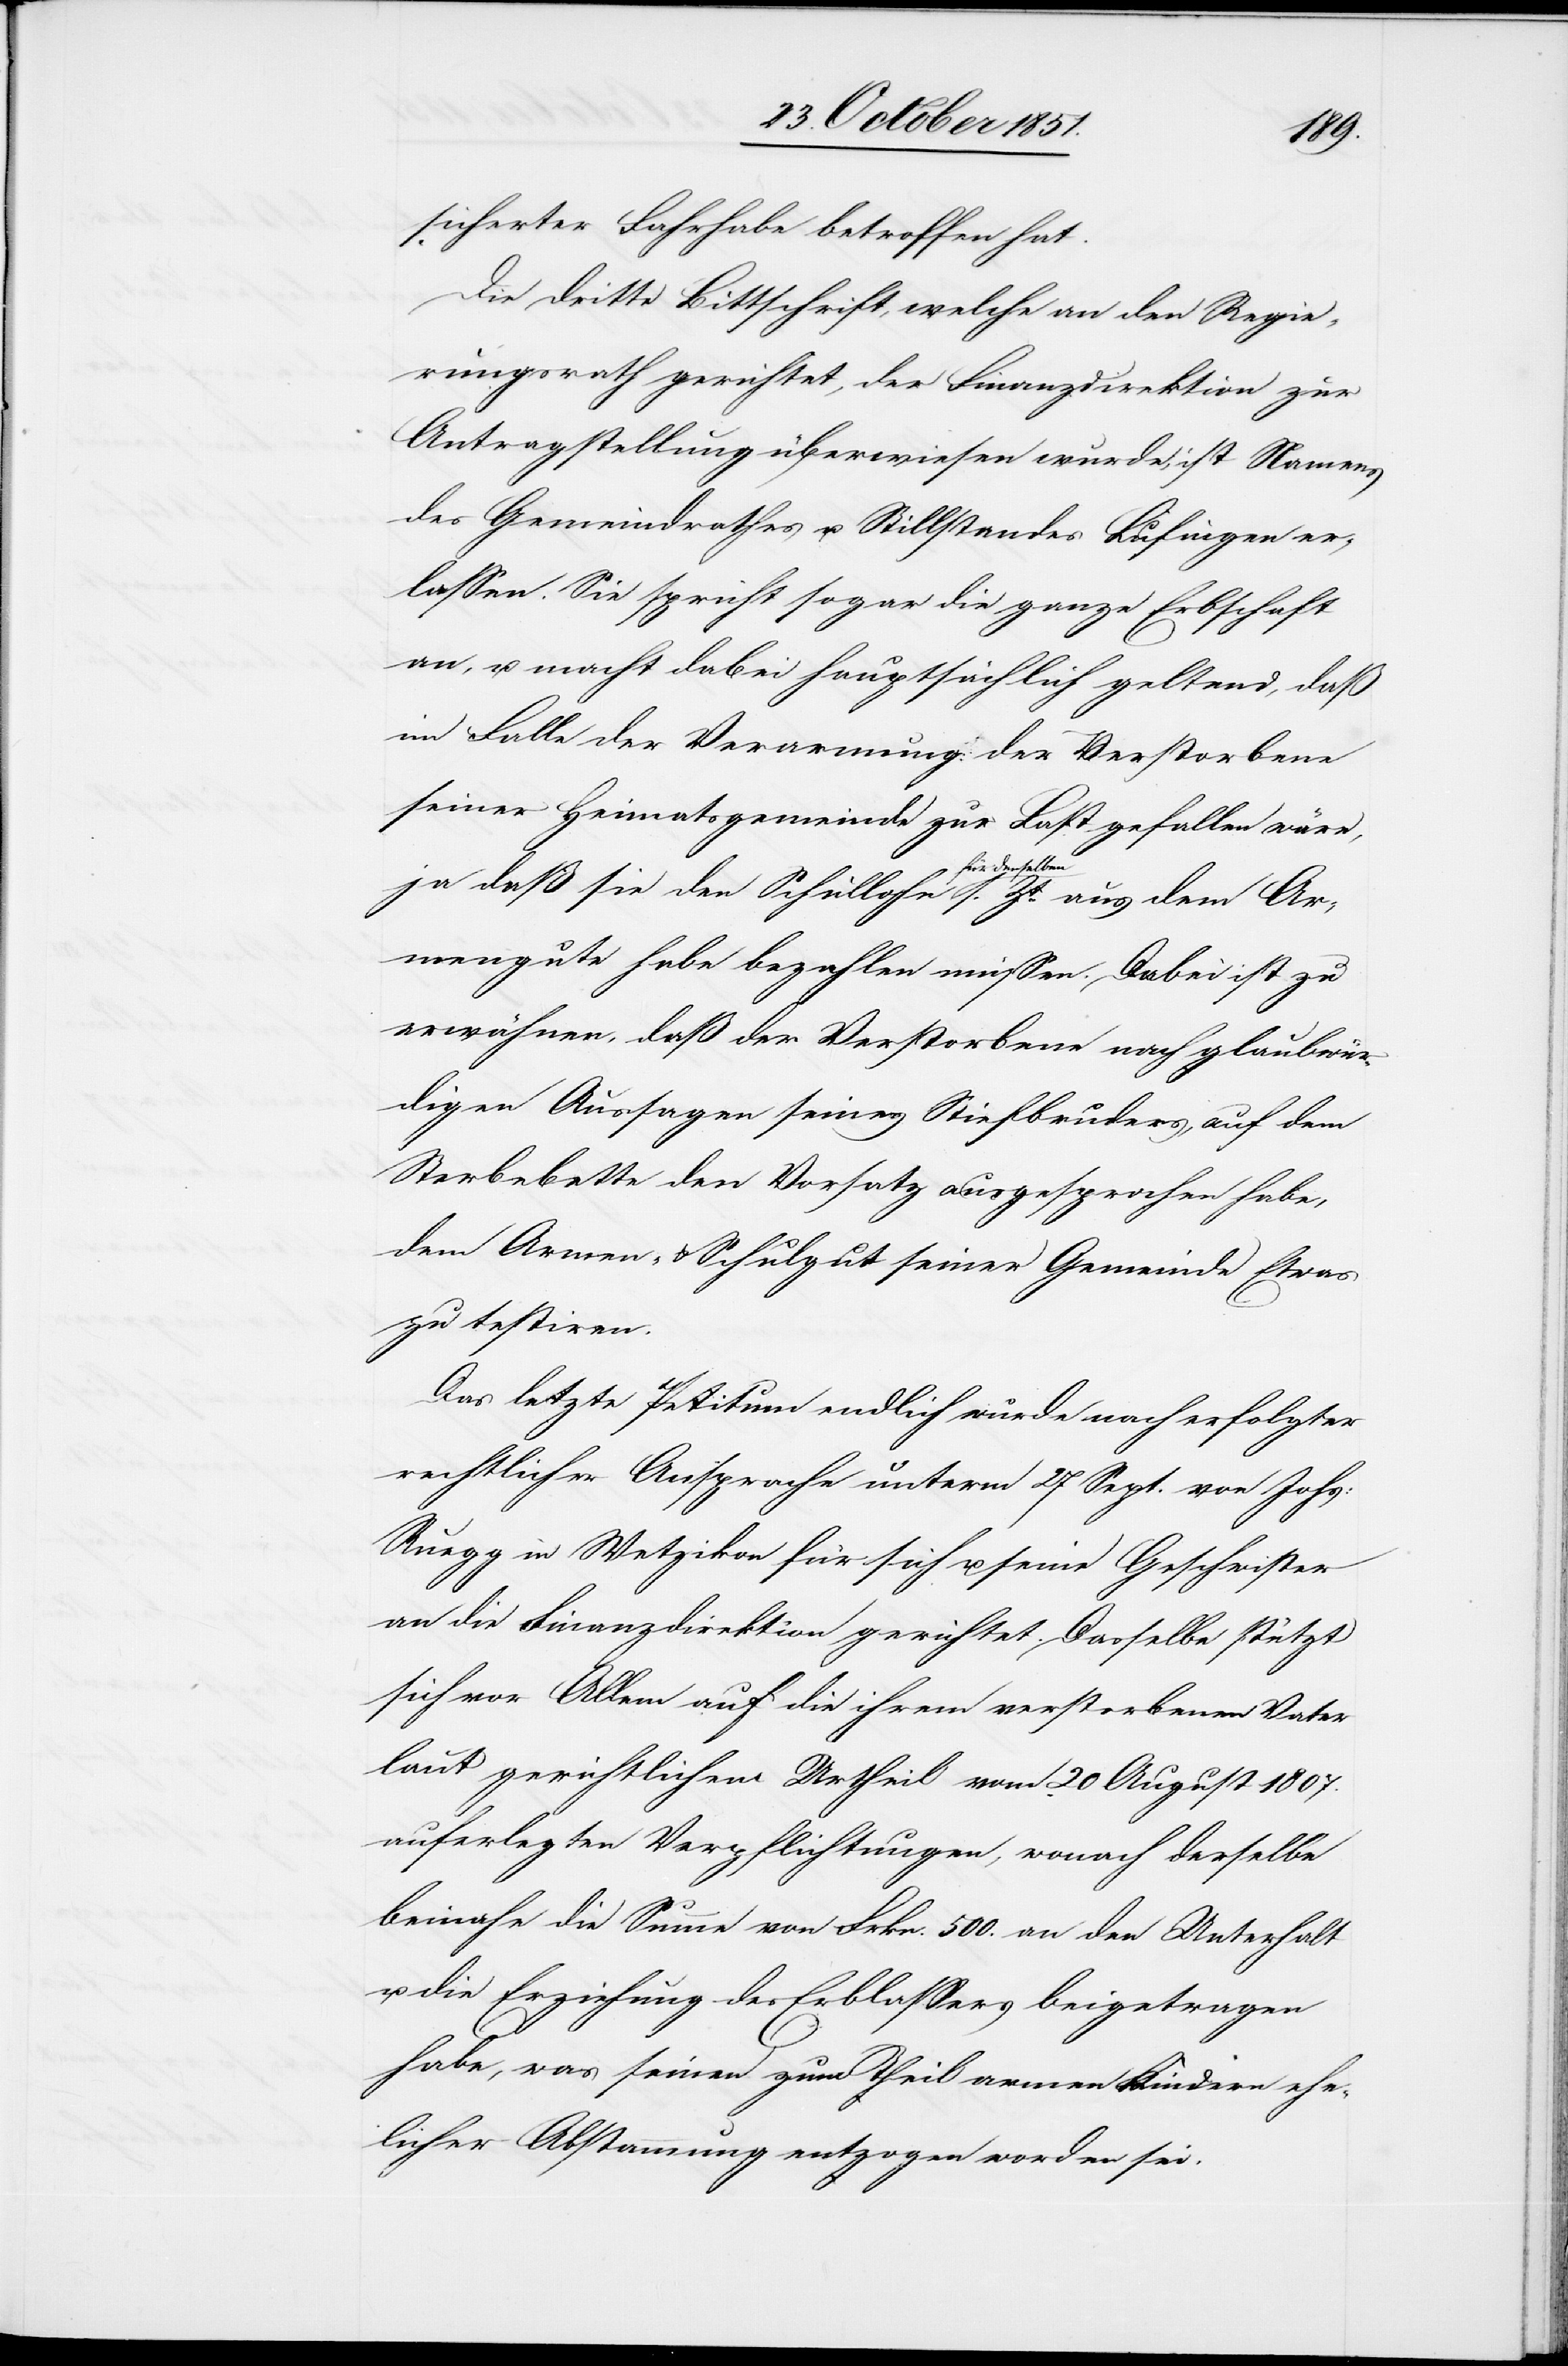
sicherter Fahrhabe betroffen hat.
Die dritte Bittschrift, welche an den Regie¬
rungsrath gerichtet, der Finanzdirektion zur
Antragstellung überwiesen wurde, ist Namens
des Gemeindrathes u. Stillstandes Lufingen er¬
lassen. Sie spricht sogar die ganze Erbschaft
an, u. macht dabei hauptsächlich geltend, daß
im Falle der Verarmung der Verstorbene
seiner Heimatsgemeinde zur Last gefallen wäre,
Ar¬
ja daß sie den Schullohn für denselben s.
mengute habe bezahlen müssen. Dabei ist zu
erwähnen, daß der Verstorbene nach glaubwür¬
digen Aussagen seines Stiefbruders, auf dem
Sterbebette den Vorsatz ausgesprochen habe,
dem Armen- & Schulgut seiner Gemeinde Etwas
zu testiren.
Das letzte Petitum endlich wurde nach erfolgter
rechtlicher Ansprache unterm 27 Sept. von Johs:
Ruegg in Wetzikon für sich u. seine Geschwister
an die Finanzdirektion gerichtet. Dasselbe stützt
sich vor Allem auf die ihrem verstorbenen Vater
laut gerichtlichem Urtheil vom 20 August 1807.
auferlegten Verpflichtungen, wonach derselbe
beinahe die Summe von Frkn. 500. an den Unterhalt
u. die Erziehung des Erblassers beigetragen
habe, was seinen zum Theil armen Kindern ehe¬
licher Abstammung entzogen worden sei.